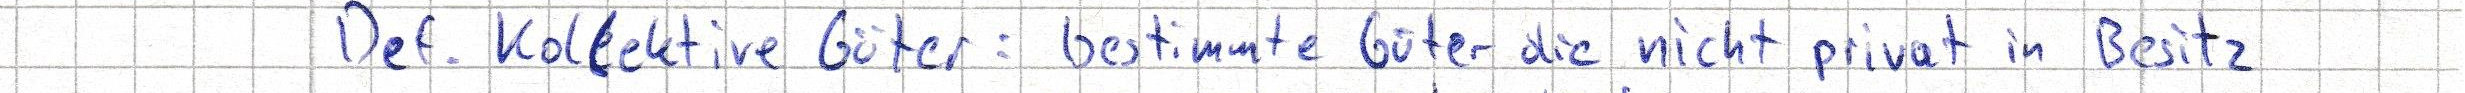
Def. Kollektive Güter: bestimmte Güter die nicht privat in Besitz